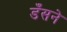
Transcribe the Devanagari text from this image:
डँसने